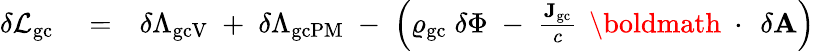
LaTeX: \begin{array}{rlr}{\delta{\cal L}_{\mathrm{gc}}}&{{}=}&{\delta\Lambda_{\mathrm{gcV}}\; +\; \delta\Lambda_{\mathrm{gcPM}}\; -\; \left(\varrho_{\mathrm{gc}}\; \delta\Phi\; -\; \frac{{\mathbf J}_{\mathrm{gc}}}{c}\, \mathrm{~\boldmath~\cdot~}\, \delta{\mathbf A}\right)}\end{array}